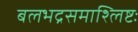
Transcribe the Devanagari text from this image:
बलभद्रसमाश्लिष्टः